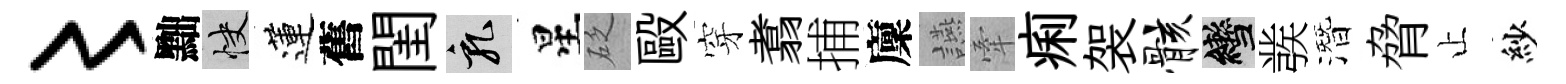
〻黜快蓮舊閨乳星砭毆穿翥捕廩讌牽痢袈骸轡彂潛脅止紗